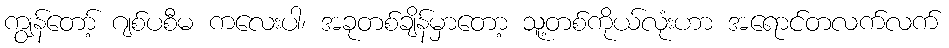
ကျွန်တော့် ဂျစ်ပစီမ ကလေးပါ၊ အခုတစ်ချိန်မှာတော့ သူ့တစ်ကိုယ်လုံးဟာ အရောင်တလက်လက်